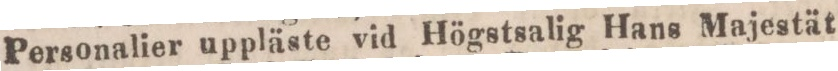
Personalier uppläste vid Högstsalig Hans Majestät